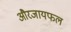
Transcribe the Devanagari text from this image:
औरजायफल